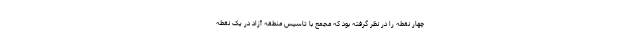
چهار نقطه را در نظر گرفته بود که مجمع با تاسیس منطقه آزاد در یک نقطه